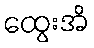
ထွေးအိ